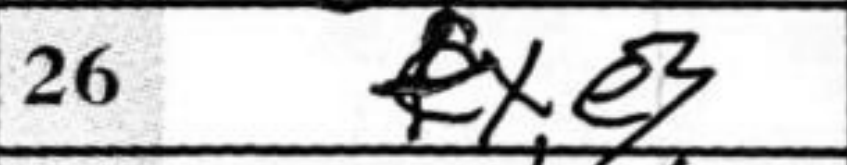
Transcription: fxe3